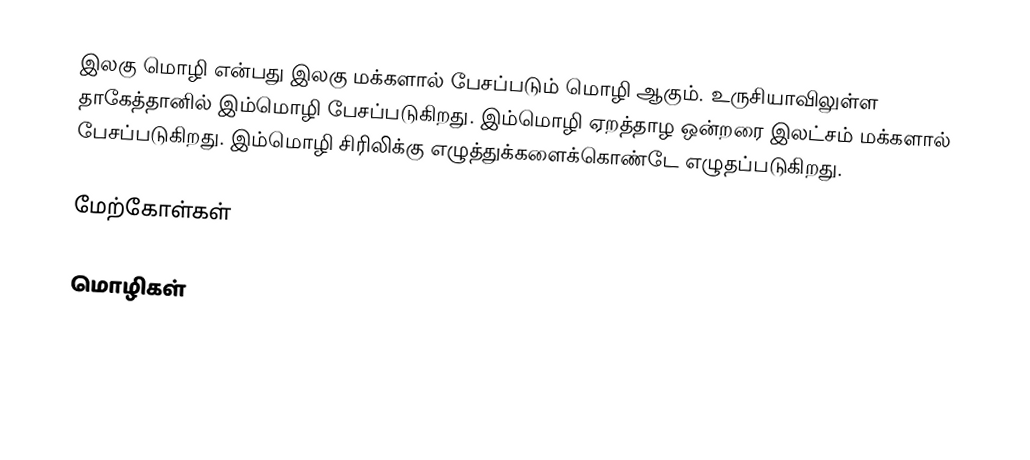
இலகு மொழி என்பது இலகு மக்களால் பேசப்படும் மொழி ஆகும். உருசியாவிலுள்ள தாகேத்தானில் இம்மொழி பேசப்படுகிறது. இம்மொழி ஏறத்தாழ ஒன்றரை இலட்சம் மக்களால் பேசப்படுகிறது. இம்மொழி சிரிலிக்கு எழுத்துக்களைக்கொண்டே எழுதப்படுகிறது.

மேற்கோள்கள்

மொழிகள்